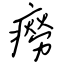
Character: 癆